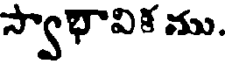
స్వాభావిక ము.